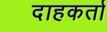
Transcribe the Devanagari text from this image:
दाहकर्ता